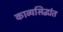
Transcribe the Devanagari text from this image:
काव्यसिद्धांत